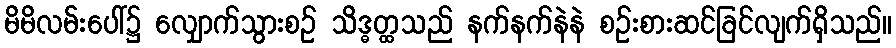
မိမိလမ်းပေါ်၌ လျှောက်သွားစဉ် သိဒ္ဓတ္ထသည် နက်နက်နဲနဲ စဉ်းစားဆင်ခြင်လျက်ရှိသည်။